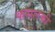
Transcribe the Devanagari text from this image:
कसारकी